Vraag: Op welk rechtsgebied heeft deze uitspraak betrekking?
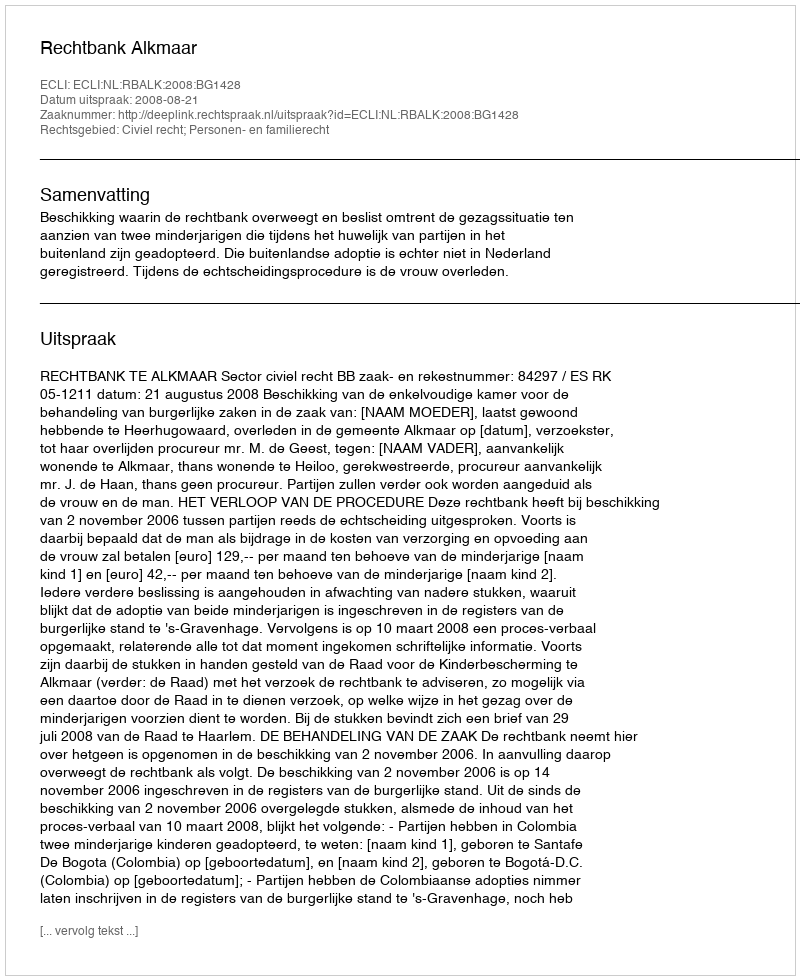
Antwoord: Civiel recht; Personen- en familierecht